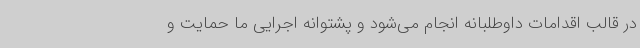
در قالب اقدامات داوطلبانه انجام می‌شود و پشتوانه اجرایی ما حمایت و